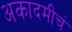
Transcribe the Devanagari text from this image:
अकादमीचं